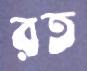
রত